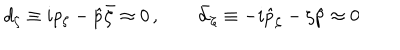
d _ { \zeta } \equiv i p _ { \zeta } - \hat { p } \bar { \zeta } \approx 0 \, , \qquad \bar { d } _ { \zeta } \equiv - i \hat { p } _ { \zeta } - \zeta \hat { p } \approx 0